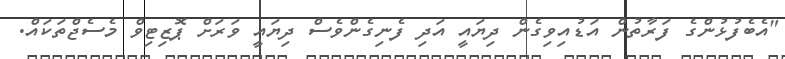
"އެބެފުޅުންގެ ފަރާތުން އަޑުއިވިގެން ދިޔައީ އަދި ފެނިގެންވެސް ދިޔައީ ވަރަށް ޕޮޒިޓިވް މެސެޖްތަކައް.